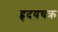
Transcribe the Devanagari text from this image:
हृदयचक्र